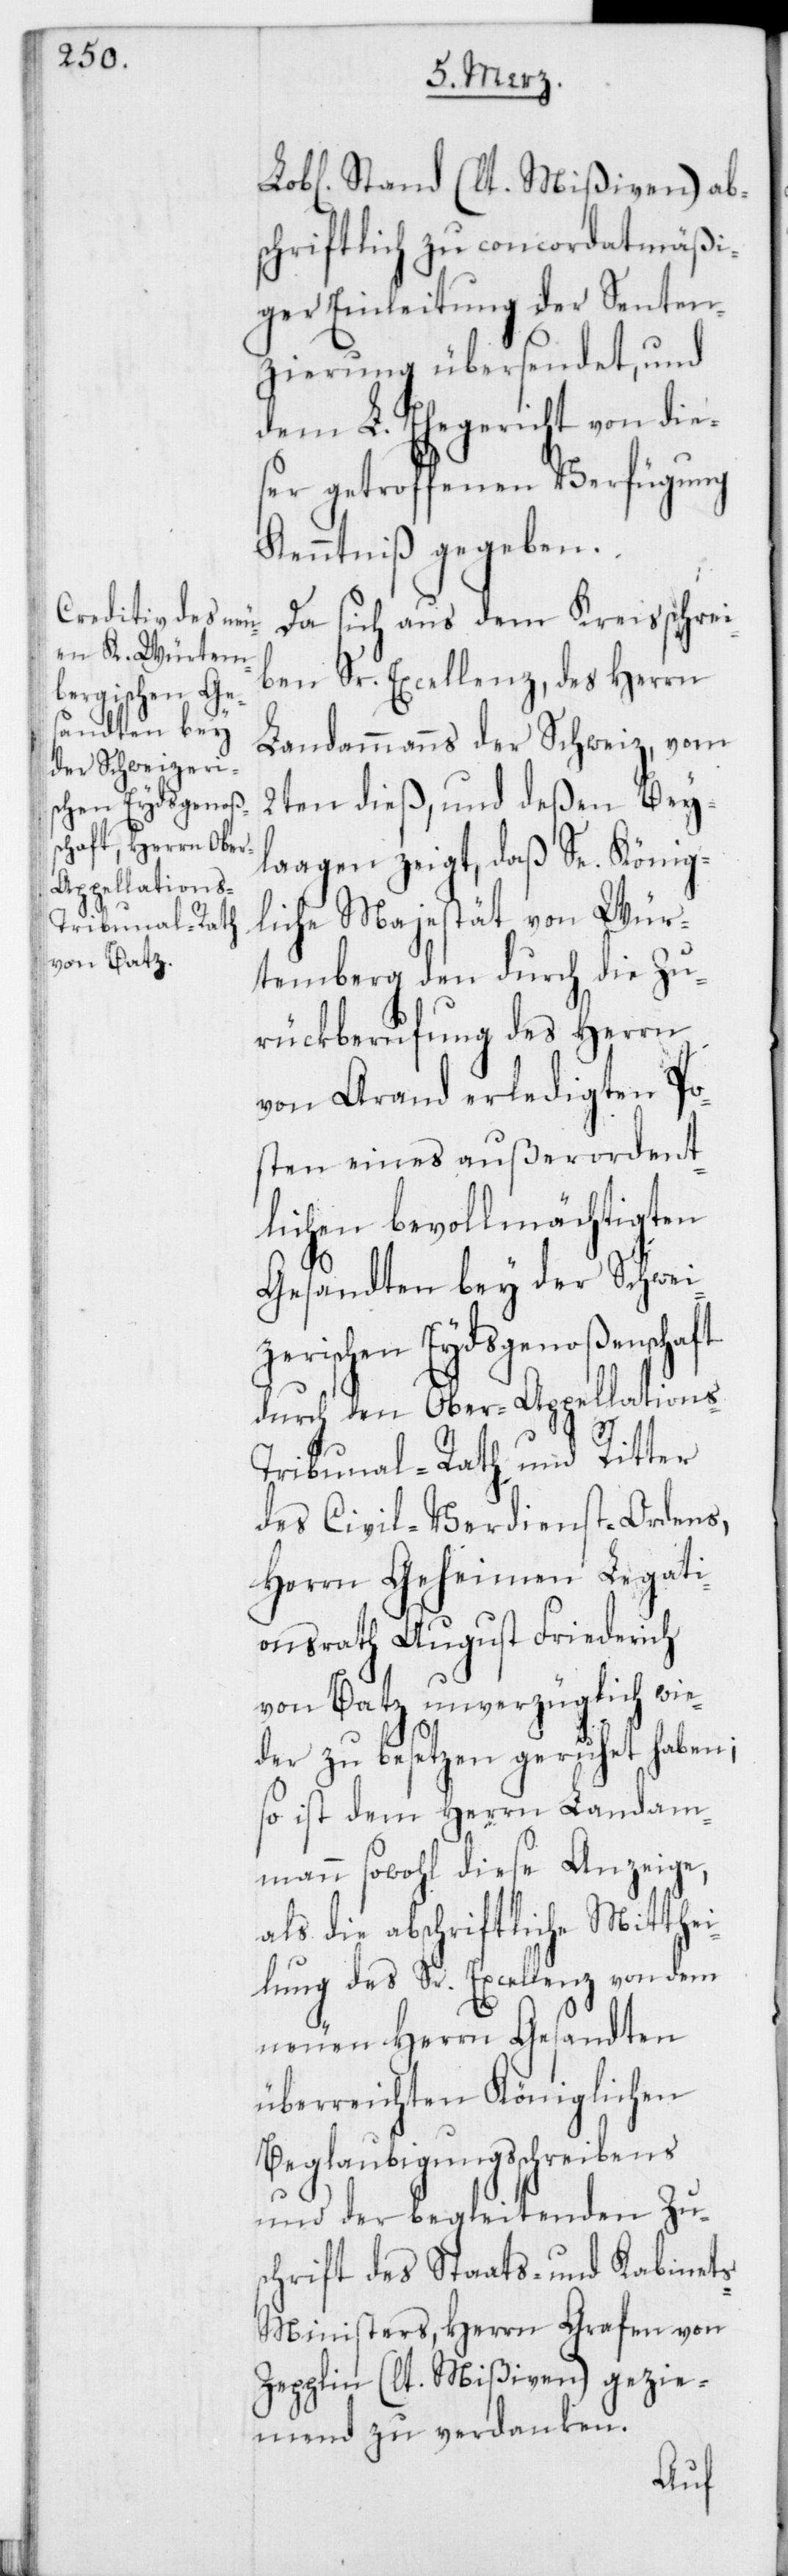
Stand (lt. Mißiven) abs¬
chriftlich zu concordatsmäßi¬
ger Einleitung der Senten¬
zierung übersendet, und
dem L. Ehegericht von dies¬
er getroffenen Verfügung
Kenntniß gegeben.
Da sich aus dem Kreisschrei¬
ben Sr. Excellenz, des Herrn
Landammanns der Schweiz, vom
2ten dieß, und deßen Bey¬
laagen zeigt, daß Se. König¬
liche Majestät von Wür¬
temberg den durch die Zu¬
rükberufung des Herrn
von Arand erledigten Po¬
sten eines außerordent¬
lichen bevollmächtigten
Gesandten bey der Schwei¬
zerischen Eydsgenoßenschaft
durch den Ober-Appellations-T¬
ribunal-Rath und Ritter
des Civil-Verdienst-Ordens,
Herrn Geheimen Legati¬
onsrath August Friederich
von Batz unverzüglich wie¬
der zu besetzen geruhet haben;
so ist dem Herrn Landam¬
mann sowohl diese Anzeige,
als die abschriftliche Mitthe¬
ilung des Sr. Excellenz von dem
neuen Herrn Gesandten
überreichten Königlichen
Beglaubigungsschreibens
und der begleitenden Zu¬
schrift des Staats- und Kabinet¬
s-Ministers, Herrn Grafen von
Zepplin (lt. Mißiven) gezie¬
mend zu verdanken.